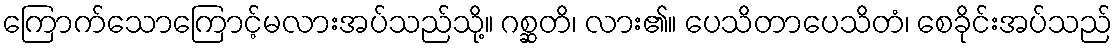
ကြောက်သောကြောင့်မလားအပ်သည်သို့။ ဂစ္ဆတိ၊ လား၏။ ပေသိတာပေသိတံ၊ စေခိုင်းအပ်သည်